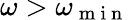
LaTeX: \omega>\omega_{\mathrm{~m~i~n~}}